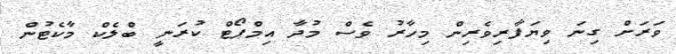
ވަރަށް ގިނަ ވިޔަފާރިވެރިން މިހާރު ވެސް މުދާ އިމްޕޯޓް ކުރަނީ ބްލެކް މާކެޓުން